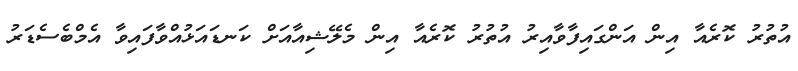
އުތުރު ކޮރެއާ އިން އަންގައިފާވާއިރު އުތުރު ކޮރެއާ އިން މެލޭޝިއާއަށް ކަނޑައަޅުއްވާފައިވާ އެމްބެސެޑަރު